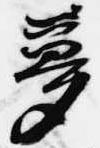
夢